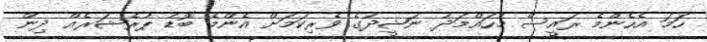
ހަމަ އެހެންމެ ރައީސް މުހައްމަދު ނަޝީދުގެ ވެރިކަމަށް އެންމެ ބޮޑު ޕުރެޝަރެއް ދިން